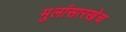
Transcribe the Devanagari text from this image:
मुलांसारखेच